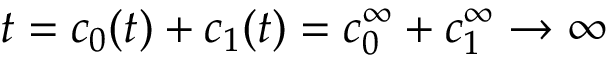
t = c _ { 0 } ( t ) + c _ { 1 } ( t ) = c _ { 0 } ^ { \infty } + c _ { 1 } ^ { \infty } \rightarrow \infty